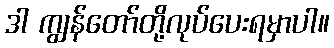
ဒါ ကျွန်တော်တို့လုပ်ပေးရမှာပါ။